Problem: 3 + 33 = ?
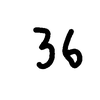
Handwritten answer: 36